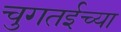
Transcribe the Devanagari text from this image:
चुगतईच्या